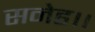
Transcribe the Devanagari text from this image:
सनेह।।